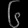
Digit: ၆